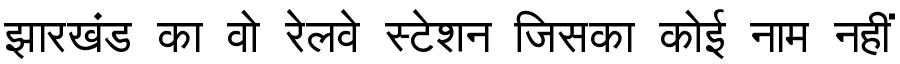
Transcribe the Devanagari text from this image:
झारखंड का वो रेलवे स्टेशन जिसका कोई नाम नहीं